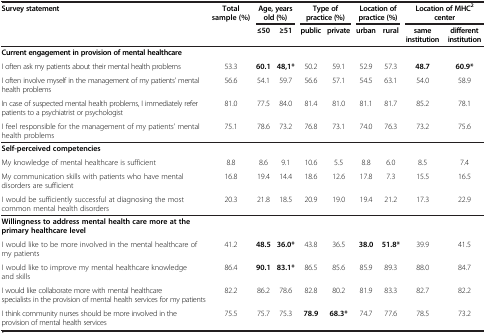
<table><thead><tr><td><b>Survey statement</b></td><td><b>Total sample (%)</b></td><td colspan="2"><b>Age, years old (%)</b></td><td colspan="2"><b>Type of practice (%)</b></td><td colspan="2"><b>Location of practice (%)</b></td><td colspan="2"><b>Location of MHC<sup>2 </sup>center</b></td></tr><tr><td><b> </b></td><td><b> </b></td><td><b>≤50</b></td><td><b>≥51</b></td><td><b>public</b></td><td><b>private</b></td><td><b>urban</b></td><td><b>rural</b></td><td><b>same institution</b></td><td><b>different institution</b></td></tr></thead><tbody><tr><td><b>Current engagement in provision of mental healthcare</b></td><td> </td><td> </td><td> </td><td> </td><td> </td><td> </td><td> </td><td> </td><td> </td></tr><tr><td>I often ask my patients about their mental health problems</td><td>53.3</td><td><b>60.1</b></td><td><b>48,1*</b></td><td>50.2</td><td>59.1</td><td>52.9</td><td>57.3</td><td><b>48.7</b></td><td><b>60.9*</b></td></tr><tr><td>I often involve myself in the management of my patients’ mental health problems</td><td>56.6</td><td>54.1</td><td>59.7</td><td>56.6</td><td>57.1</td><td>54.5</td><td>63.1</td><td>54.0</td><td>58.9</td></tr><tr><td>In case of suspected mental health problems, I immediately refer patients to a psychiatrist or psychologist</td><td>81.0</td><td>77.5</td><td>84.0</td><td>81.4</td><td>81.0</td><td>81.1</td><td>81.7</td><td>85.2</td><td>78.1</td></tr><tr><td>I feel responsible for the management of my patients’ mental health problems</td><td>75.1</td><td>78.6</td><td>73.2</td><td>76.8</td><td>73.1</td><td>74.0</td><td>76.3</td><td>73.2</td><td>75.6</td></tr><tr><td><b>Self-perceived competencies</b></td><td> </td><td> </td><td> </td><td> </td><td> </td><td> </td><td> </td><td> </td><td> </td></tr><tr><td>My knowledge of mental healthcare is sufficient</td><td>8.8</td><td>8.6</td><td>9.1</td><td>10.6</td><td>5.5</td><td>8.8</td><td>6.0</td><td>8.5</td><td>7.4</td></tr><tr><td>My communication skills with patients who have mental disorders are sufficient</td><td>16.8</td><td>19.4</td><td>14.4</td><td>18.6</td><td>12.6</td><td>17.8</td><td>7.3</td><td>15.5</td><td>16.5</td></tr><tr><td>I would be sufficiently successful at diagnosing the most common mental health disorders</td><td>20.3</td><td>21.8</td><td>18.5</td><td>20.9</td><td>19.0</td><td>19.4</td><td>21.2</td><td>17.3</td><td>22.9</td></tr><tr><td><b>Willingness to address mental health care more at the primary healthcare level</b></td><td> </td><td> </td><td> </td><td> </td><td> </td><td> </td><td> </td><td> </td><td> </td></tr><tr><td>I would like to be more involved in the mental healthcare of my patients</td><td>41.2</td><td><b>48.5</b></td><td><b>36.0*</b></td><td>43.8</td><td>36.5</td><td><b>38.0</b></td><td><b>51.8*</b></td><td>39.9</td><td>41.5</td></tr><tr><td>I would like to improve my mental healthcare knowledge and skills</td><td>86.4</td><td><b>90.1</b></td><td><b>83.1*</b></td><td>86.5</td><td>85.6</td><td>85.9</td><td>89.3</td><td>88.0</td><td>84.7</td></tr><tr><td>I would like collaborate more with mental healthcare specialists in the provision of mental health services for my patients</td><td>82.2</td><td>86.2</td><td>78.6</td><td>82.8</td><td>80.2</td><td>81.9</td><td>83.3</td><td>82.7</td><td>82.2</td></tr><tr><td>I think community nurses should be more involved in the provision of mental health services</td><td>75.5</td><td>75.7</td><td>75.3</td><td><b>78.9</b></td><td><b>68.3*</b></td><td>74.7</td><td>77.6</td><td>78.5</td><td>73.2</td></tr></tbody></table>